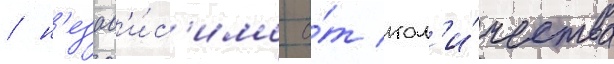
/ н'езав'и́с'имо о́т кол'и́чества